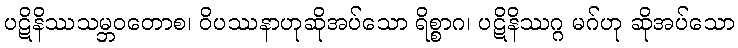
ပဋိနိဿသမ္ဘဝတောစ၊ ဝိပဿနာဟုဆိုအပ်သော ရိစ္စာဂ၊ ပဋိနိဿဂ္ဂ မဂ်ဟု ဆိုအပ်သော